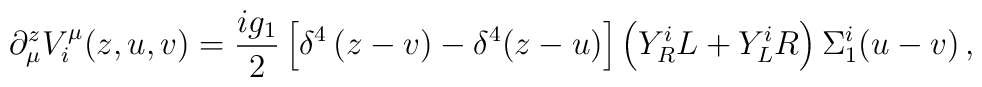
\partial_\mu^zV_i^\mu(z,u,v)=\frac{ig_1}{2}\left[\delta^4\left(z-v\right)-\delta^4(z-u)\right]\left(Y_R^iL+Y_L^iR\right)\Sigma_1^i(u-v)\, ,